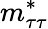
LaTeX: m_{\tau\tau}^{*}